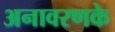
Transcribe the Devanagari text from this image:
अनावरणके